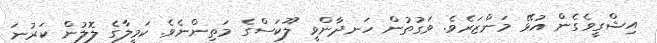
އިޝްގީވެގެން އުޅޭ މަންޒަރެވެ. ވަގުތުން ހަނދާންވީ ލޫކަސްގެ މަތިންނެވެ. ކަމީލާގެ ލޮލުން ކަރުނަ